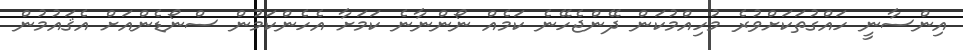
އިންސާނީ ހައްގުތަކަށްވުރެ މުހިއްމުކަން ދޭންޖެހޭނެ ކަމެއް ނޯންނާނެ ކަމަށާ އެހެންކަމުން ސްނޯޑެންއަށް އެޤައުމުން